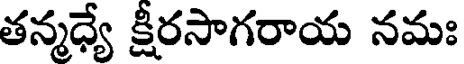
తన్మధ్యే క్షీరసాగరాయ నమః